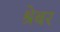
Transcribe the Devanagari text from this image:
श्रेबर